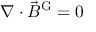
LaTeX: \nabla \cdot { \vec { B } } ^ { \mathrm { G } } = 0